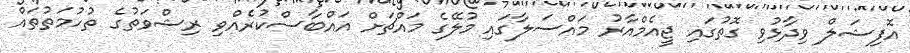
އޮފިޝަލް ވިދާޅުވި ގޮތުގައި ޖީއެމްއާރު މައްސަލާގައި މުލޭގެ މައްޗަށް އައްބާސްކުރެއްވި ރިޝްވަތުގެ ތުހުމަތުތައް